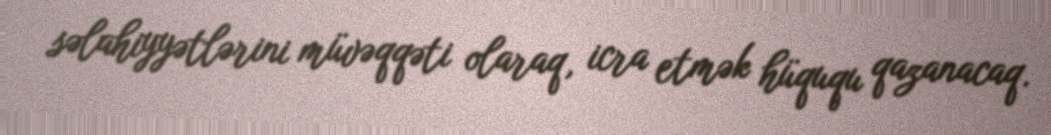
səlahiyyətlərini müvəqqəti olaraq, icra etmək hüququ qazanacaq.